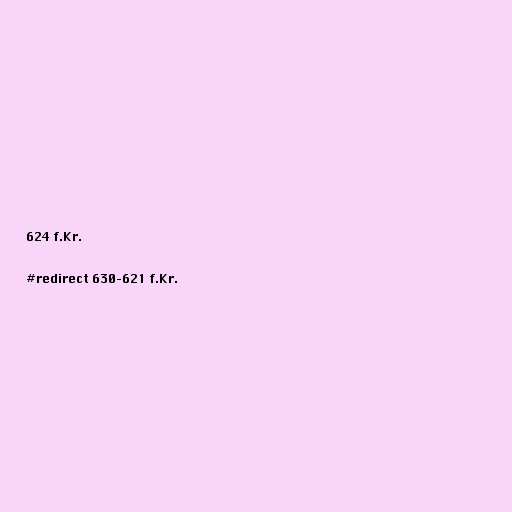
624 f.Kr.

#redirect 630–621 f.Kr.